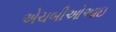
એચબીઓઆઇ